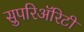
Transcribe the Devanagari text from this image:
सुपरिअॅरिटी